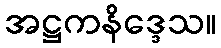
အဋ္ဌကနိဒ္ဒေသ။